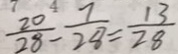
\frac { 2 0 } { 2 8 } - \frac { 7 } { 2 8 } = \frac { 1 3 } { 2 8 }